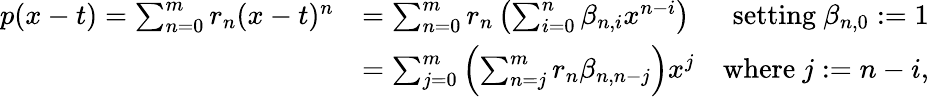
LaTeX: \begin{array}{rlr}{p(x-t)=\sum_{n=0}^{m}r_{n}(x-t)^{n}}&{=\sum_{n=0}^{m}r_{n}\left(\sum_{i=0}^{n}\beta_{n,i}x^{n-i}\right)}&{\mathrm{setting~}\beta_{n,0}:=1}\\ &{=\sum_{j=0}^{m}\left(\sum_{n=j}^{m}r_{n}\beta_{n,n-j}\right)x^{j}}&{\mathrm{where~}j:=n-i,}\end{array}